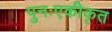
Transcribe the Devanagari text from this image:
पुनःएकीकृत